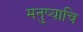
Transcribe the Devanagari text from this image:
मनुष्याचि